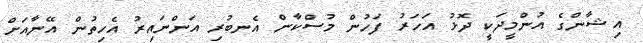
އިޝާންގެ އުންމީދަކީ ދޮޅު އަހަރު ފަހުން މުސްކާން އެނބުރި އަންނައިރު އެހިތުން އޭނާއަށް